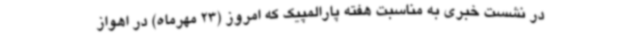
در نشست خبری به مناسبت هفته پارالمپیک که امروز (23 مهرماه) در اهواز